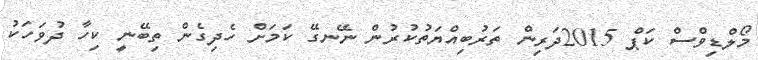
މޯލްޑިވްސް ކަޕް 2015ދަރިން ތަރުބިއްޔަތުކުރުން ނޭނގޭ ކަމަށް ހެދިގެން ތިބޭނީ ކިހާ ދުވަހަކު